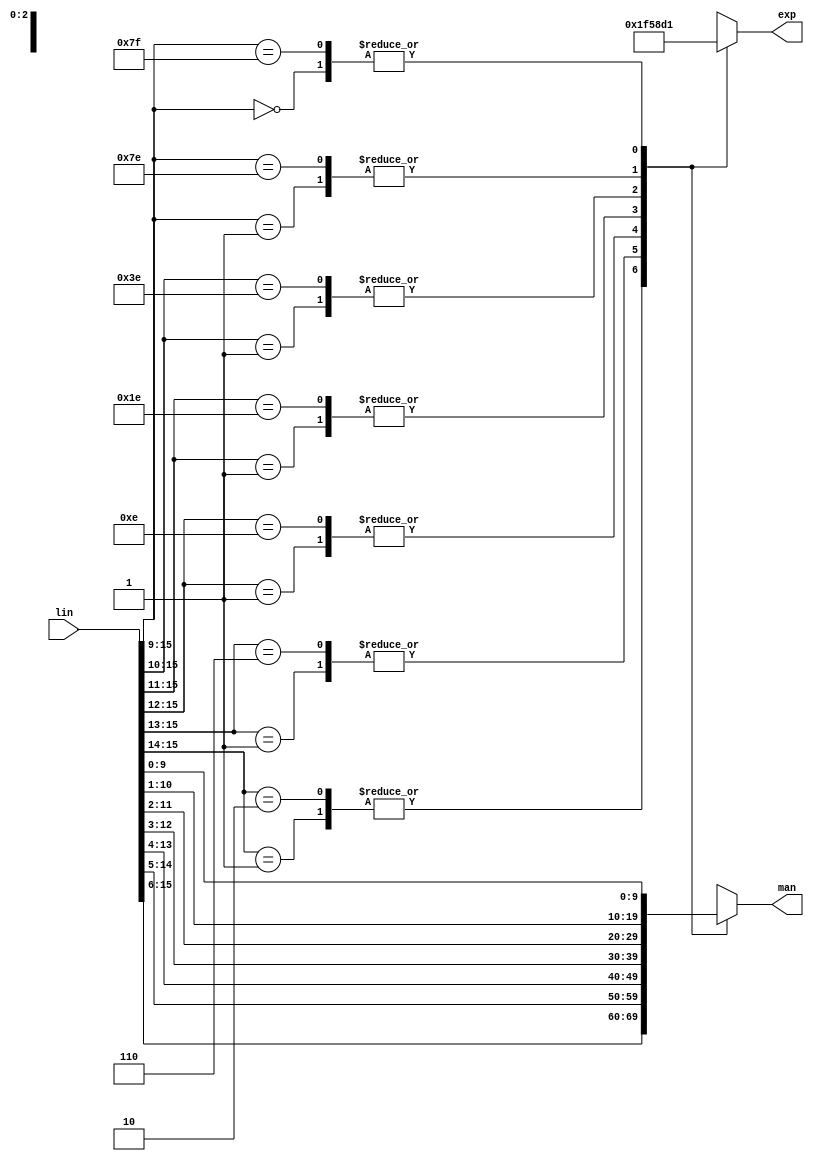
/*  This file is part of JT51.

    JT51 is free software: you can redistribute it and/or modify
    it under the terms of the GNU General Public License as published by
    the Free Software Foundation, either version 3 of the License, or
    (at your option) any later version.

    JT51 is distributed in the hope that it will be useful,
    but WITHOUT ANY WARRANTY; without even the implied warranty of
    MERCHANTABILITY or FITNESS FOR A PARTICULAR PURPOSE.  See the
    GNU General Public License for more details.

    You should have received a copy of the GNU General Public License
    along with JT51.  If not, see <http://www.gnu.org/licenses/>.
	
	Author: Jose Tejada Gomez. Twitter: @topapate
	Version: 1.0
	Date: 27-10-2016
	*/

`timescale 1ns / 1ps

module jt51_lin2exp(
  input      [15:0] lin,
  output reg [9:0] man,
  output reg [2:0] exp
);

always @(*) begin
  casex( lin[15:9] )
    // negative numbers
    7'b10XXXXX: begin
        man = lin[15:6];
        exp = 3'd7;
      end
    7'b110XXXX: begin
        man = lin[14:5];
        exp = 3'd6;
      end
    7'b1110XXX: begin
        man = lin[13:4];
        exp = 3'd5;
      end
    7'b11110XX: begin
        man = lin[12:3];
        exp = 3'd4;
      end
    7'b111110X: begin
        man = lin[11:2];
        exp = 3'd3;
      end
    7'b1111110: begin
        man = lin[10:1];
        exp = 3'd2;
      end
    7'b1111111: begin
        man = lin[ 9:0];
        exp = 3'd1;
      end    
    // positive numbers
    7'b01XXXXX: begin
        man = lin[15:6];
        exp = 3'd7;
      end
    7'b001XXXX: begin
        man = lin[14:5];
        exp = 3'd6;
      end
    7'b0001XXX: begin
        man = lin[13:4];
        exp = 3'd5;
      end
    7'b00001XX: begin
        man = lin[12:3];
        exp = 3'd4;
      end
    7'b000001X: begin
        man = lin[11:2];
        exp = 3'd3;
      end
    7'b0000001: begin
        man = lin[10:1];
        exp = 3'd2;
      end
    7'b0000000: begin
        man = lin[ 9:0];
        exp = 3'd1;
      end
    
    default: begin
        man = lin[9:0];
        exp = 3'd1;
      end
  endcase
end

endmodule